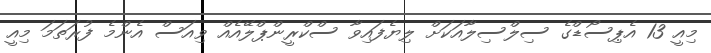
މިއީ 13 އެޕިސޯޑްގެ ސިލްސިލާއަކަށް ލިޔެފައިވާ ސްކްރީންޕްލޭއެއް ވިއަސް އެންމެ ފުރަތަމަ މިއީ